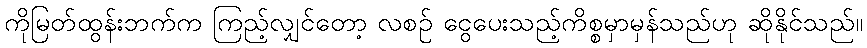
ကိုမြတ်ထွန်းဘက်က ကြည့်လျှင်တော့ လစဉ် ငွေပေးသည့်ကိစ္စမှာမှန်သည်ဟု ဆိုနိုင်သည်။